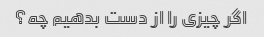
اگر چیزی را از دست بدهیم چه؟